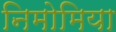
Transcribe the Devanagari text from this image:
निमोमिया